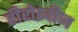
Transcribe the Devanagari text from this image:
हीरोइदीज